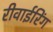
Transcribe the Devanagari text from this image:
रीवाईरिंग